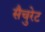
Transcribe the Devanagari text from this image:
सैचुरेट